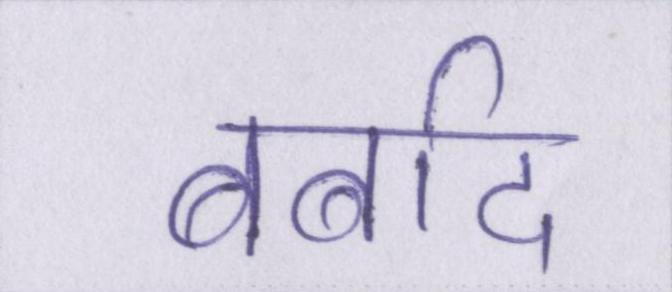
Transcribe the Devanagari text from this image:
बर्बाद